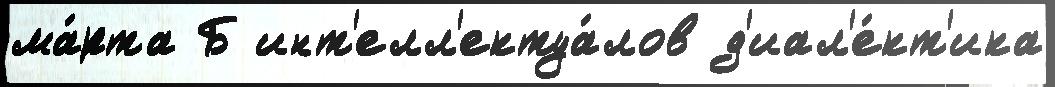
ма́рта Б инт'елл'ектуа́лов д'иал'е́кт'ика